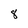
Character: 8